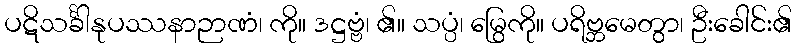
ပဋိသင်္ခါနုပဿနာဉာဏံ၊ ကို။ ဒဋ္ဌဗ္ဗံ၊ ၏။ သပ္ပံ၊ မြွေကို။ ပရိဗ္ဘမေတွာ၊ ဦးခေါင်း၏